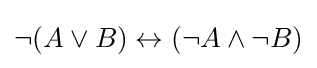
\neg (A\lor B)\leftrightarrow (\neg A\land \neg B)